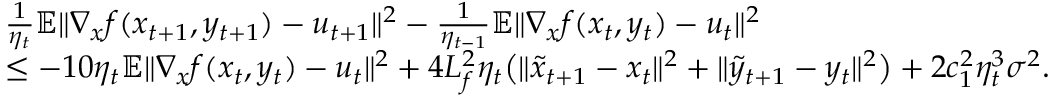
\begin{array} { r l } & { \frac { 1 } { \eta _ { t } } \mathbb { E } \| \nabla _ { x } f ( x _ { t + 1 } , y _ { t + 1 } ) - u _ { t + 1 } \| ^ { 2 } - \frac { 1 } { \eta _ { t - 1 } } \mathbb { E } \| \nabla _ { x } f ( x _ { t } , y _ { t } ) - u _ { t } \| ^ { 2 } } \\ & { \leq - 1 0 \eta _ { t } \mathbb { E } \| \nabla _ { x } f ( x _ { t } , y _ { t } ) - u _ { t } \| ^ { 2 } + 4 L _ { f } ^ { 2 } \eta _ { t } \big ( \| \tilde { x } _ { t + 1 } - x _ { t } \| ^ { 2 } + \| \tilde { y } _ { t + 1 } - y _ { t } \| ^ { 2 } \big ) + 2 c _ { 1 } ^ { 2 } \eta _ { t } ^ { 3 } \sigma ^ { 2 } . } \end{array}